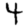
Digit: 4